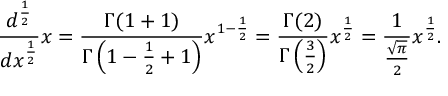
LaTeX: { \frac { d ^ { \frac { 1 } { 2 } } } { d x ^ { \frac { 1 } { 2 } } } } x = { \frac { \Gamma ( 1 + 1 ) } { \Gamma \left( 1 - { \frac { 1 } { 2 } } + 1 \right) } } x ^ { 1 - { \frac { 1 } { 2 } } } = { \frac { \Gamma ( 2 ) } { \Gamma \left( { \frac { 3 } { 2 } } \right) } } x ^ { \frac { 1 } { 2 } } = { \frac { 1 } { \frac { \sqrt { \pi } } { 2 } } } x ^ { \frac { 1 } { 2 } } .